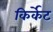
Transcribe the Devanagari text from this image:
किर्केट